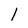
Character: l